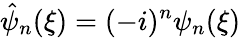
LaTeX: {\hat{\psi}}_{n}(\xi)=(-i)^{n}\psi_{n}(\xi)